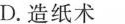
D.造纸术